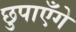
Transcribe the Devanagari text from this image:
छुपाएँगे